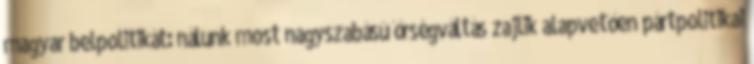
magyar belpolitikát: nálunk most nagyszabású őrségváltás zajlik alapvetően pártpolitikai